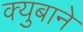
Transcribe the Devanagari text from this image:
क्युबाने